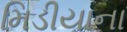
મિડીયાના